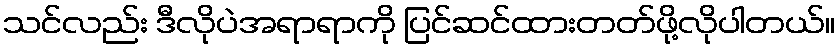
သင်လည်း ဒီလိုပဲအရာရာကို ပြင်ဆင်ထားတတ်ဖို့လိုပါတယ်။